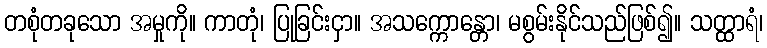
တစုံတခုသော အမှုကို။ ကာတုံ၊ ပြုခြင်းငှာ။ အသက္ကောန္တော၊ မစွမ်းနိုင်သည်ဖြစ်၍။ သတ္ထာရံ၊